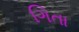
ગિતા